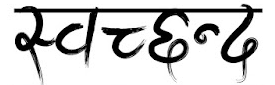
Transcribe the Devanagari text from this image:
स्वच्छंद